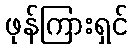
ဖုန်ကြားရှင်